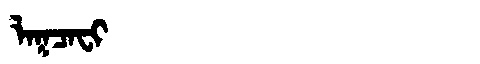
Manchu: ᠯᠠᡴᠴᠠᠸᡳ
Romanization: LAKCAFI